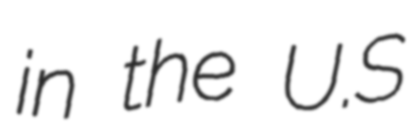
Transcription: in the U.S